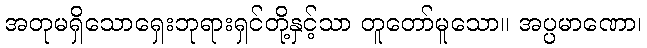
အတုမရှိသောရှေးဘုရားရှင်တို့နှင့်သာ တူတော်မူသော။ အပ္ပမာဏော၊